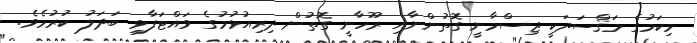
މިކަމުގެ މަޤްސަދަކީ ޖިސްމާނީ ގޮތުންނާއި ރޫހާނީ ގޮތުން ދިރިއުޅުމުގެ ވައްޓަފާޅި ބަދަލު ކުރުމެވެ.